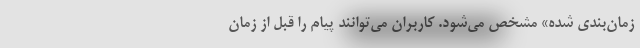
زمان‌بندی شده» مشخص می‌شود. کاربران می‌توانند پیام را قبل از زمان